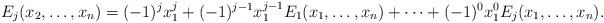
LaTeX: \begin{align*}E_j(x_2, \ldots, x_n)=(-1)^j x_{1}^j +(-1)^{j-1} x_{1}^{j-1} E_1(x_1, \ldots, x_n)+ \cdots + (-1)^0 x_{1}^0 E_j(x_1, \ldots, x_n).\end{align*}